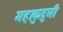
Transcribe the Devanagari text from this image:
महाकुटुमी